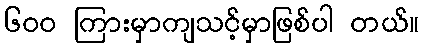
၆ဝဝ ကြားမှာကျသင့်မှာဖြစ်ပါ တယ်။